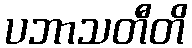
ပဘာသတီတိ